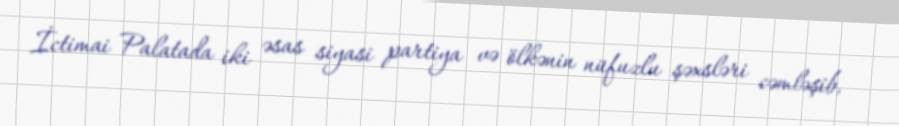
İctimai Palatada iki əsas siyasi partiya və ölkənin nüfuzlu şəxsləri cəmləşib,